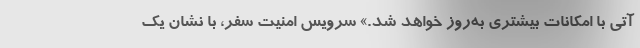
آتی با امکانات بیشتری به‌روز خواهد شد.» سرویس امنیت سفر، با نشان یک